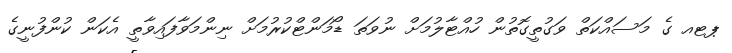
ޕޓއ ގެ މަސައްކަތް ވަގުތީގޮތުން ހުއްޓާލުމަށް ނުވަތަ ޑޯމަންޓްކުރުމަށް ނިންމަވާފައިވާތީ އެކަން ކުންފުނީގެ